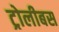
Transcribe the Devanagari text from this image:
ट्रोलीबस